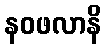
နဝဖလာနိ